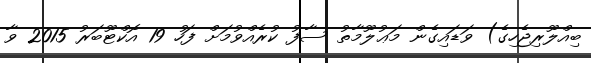
ބިއްލޫރިޖެހިގެ) ވަޑައިގެން މަޢުލޫމާތު ސާފު ކުރެއްވުމަށް ފަހު 19 އޮކްޓޫބަރު 2015 ވާ